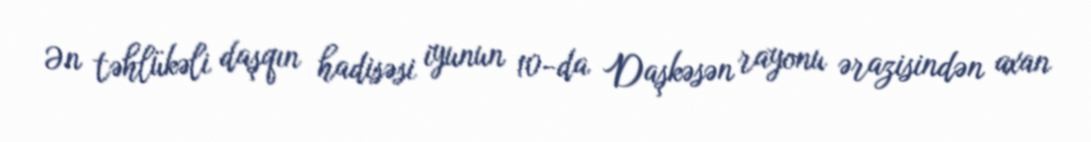
Ən təhlükəli daşqın hadisəsi iyunun 10-da Daşkəsən rayonu ərazisindən axan